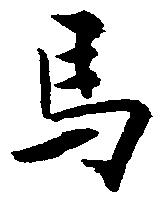
馬